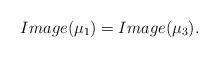
LaTeX: \begin{align*} Image(\mu_1)=Image (\mu_3).\end{align*}